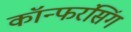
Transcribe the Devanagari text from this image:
कॉन्फरंसिंग